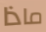
ماذا